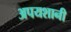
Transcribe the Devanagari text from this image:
अपयशानी